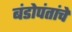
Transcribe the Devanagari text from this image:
बंडोपंतांचे